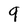
Character: 9